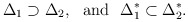
\begin{align*}\Delta_{1} \supset \Delta_{2}, \ \ {\rm and} \ \ \Delta_{1}^{*} \subset \Delta_{2}^{*}.\end{align*}